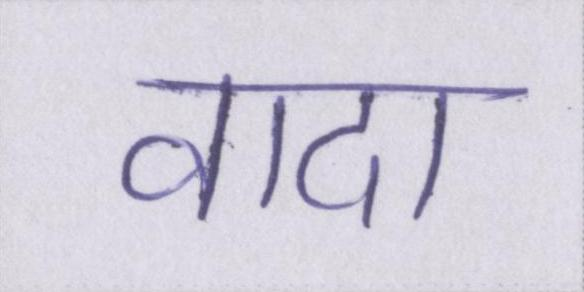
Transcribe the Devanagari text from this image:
वादा